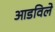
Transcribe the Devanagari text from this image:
आडविले